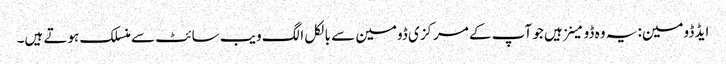
ایڈ ڈومین: یہ وہ ڈومینز ہیں جو آپ کے مرکزی ڈومین سے بالکل الگ ویب سائٹ سے منسلک ہوتے ہیں۔